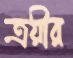
ত্রয়ীর